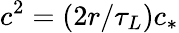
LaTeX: c^{2}=\left(2r/\tau_{L}\right)c_{*}